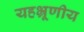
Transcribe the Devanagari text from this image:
यहभ्रूणीय